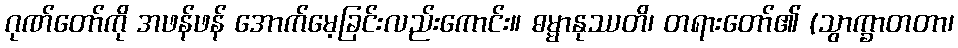
ဂုဏ်တော်ကို အဖန်ဖန် အောက်မေ့ခြင်းလည်းကောင်း။ ဓမ္မာနုဿတိ၊ တရားတော်၏ (သွာက္ခာတတာ၊